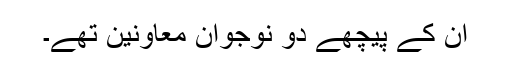
ان کے پیچھے دو نوجوان معاونین تھے۔